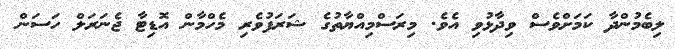
ލިބެމުންދާ ކަމަށްވެސް ވިދާޅުވި އެވެ. މިރަސްމިއްޔާތުގެ ޝަރަފުވެރި މެހްމާން އޮޑިޓާ ޖެނަރަލް ހަސަން